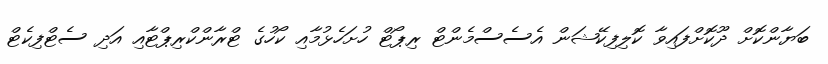
ބަޔާންކޮށް ދޫކޮށްފައިވާ ކޮލިފިކޭޝަން އެސެސްމެންޓް ރިޕޯޓް ހުށަހެޅުމާއި ކޯހުގެ ޓްރާންކްރިޕްޓާއި އަދި ސެޓްފިކެޓް